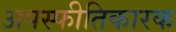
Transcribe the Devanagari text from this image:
अपस्फीतिकारक